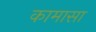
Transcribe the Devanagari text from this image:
कामासा